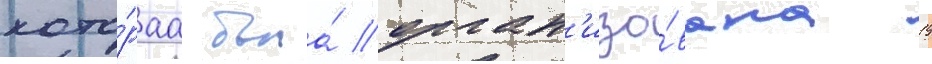
кото́раа была́ орган'изо́вана 19